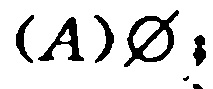
$(A)\varnothing$；